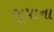
બૂપાના